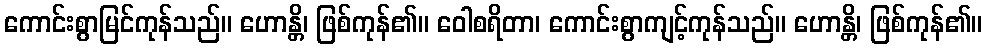
ကောင်းစွာမြင်ကုန်သည်။ ဟောန္တိ၊ ဖြစ်ကုန်၏။ ဝေါစရိတာ၊ ကောင်းစွာကျင့်ကုန်သည်။ ဟောန္တိ၊ ဖြစ်ကုန်၏။